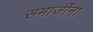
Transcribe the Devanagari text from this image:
समाजींना